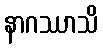
နာဂဿာသိ